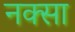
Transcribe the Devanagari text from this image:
नक्सा